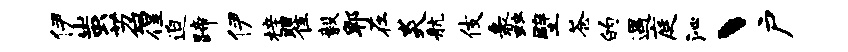
伊蚩苕徨迫蹄伊梓瞿毅郫在炎航伎蠡壁苍的遇庭沁丶户